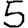
Digit: 5